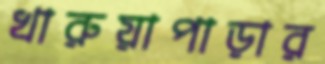
খারুয়াপাড়ার